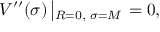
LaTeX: V ^ { \prime \prime } ( \sigma ) \left| _ { R = 0 , \, \, \sigma = M } \right. = 0 ,